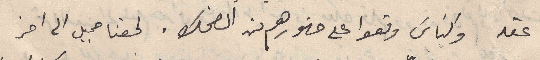
عقله والناس وقعوا على ضهورهم من الضحك . لحقنا جميل الى اخر